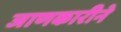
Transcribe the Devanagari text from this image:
जाणकारीने